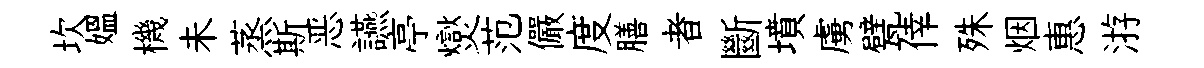
坎媪機未蒸斯恶讌亭爕范儼度膳者斷墳虜甓倖殊烟惠㳺